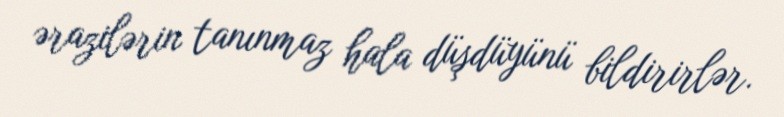
ərazilərin tanınmaz hala düşdüyünü bildirirlər.